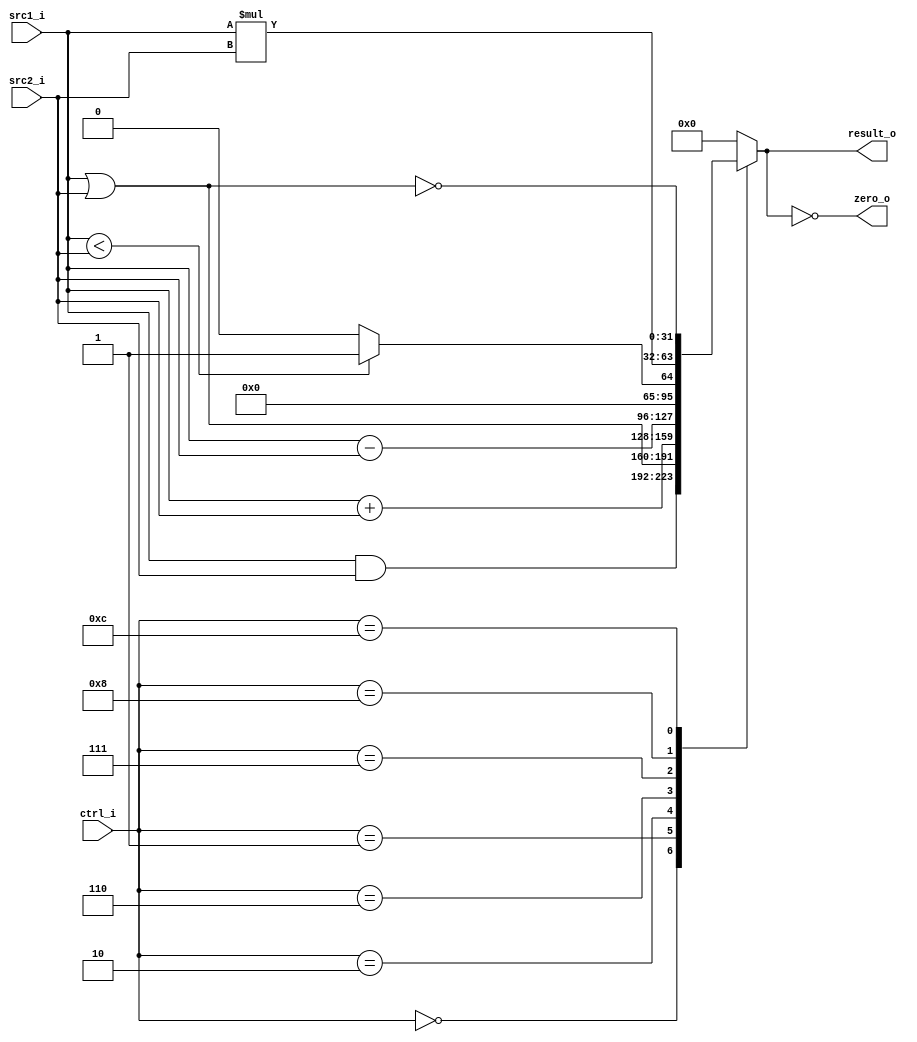
//Subject:     CO project 2 - ALU
//109550134
//--------------------------------------------------------------------------------
//Version:     1
//--------------------------------------------------------------------------------
//Writer:      
//----------------------------------------------
//Date:        
//----------------------------------------------
//Description: 
//--------------------------------------------------------------------------------

module ALU(
    src1_i,
	src2_i,
	ctrl_i,
	result_o,
	zero_o
	);
     
//I/O ports
input  [32-1:0]  src1_i;
input  [32-1:0]	 src2_i;
input  [4-1:0]   ctrl_i;

output [32-1:0]	 result_o;
output           zero_o;

//Internal signals
reg    [32-1:0]  result_o;
wire             zero_o;

//Parameter

//Main function
assign zero_o = (result_o == 0);
always@(ctrl_i,src1_i,src2_i) begin
    case(ctrl_i)
        0: result_o <= src1_i & src2_i;
        1: result_o <= src1_i | src2_i;
        2: result_o <= src1_i + src2_i;
        6: result_o <= src1_i - src2_i;
        7: result_o <= (src1_i < src2_i)? 1: 0;
        8: result_o <= src1_i * src2_i;
        12: result_o <= ~(src1_i | src2_i);
        default: result_o <= 0;
    endcase

end
endmodule